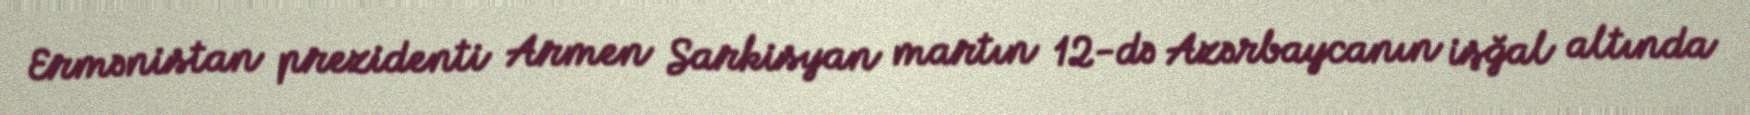
Ermənistan prezidenti Armen Sarkisyan martın 12-də Azərbaycanın işğal altında